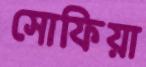
সোফিয়া